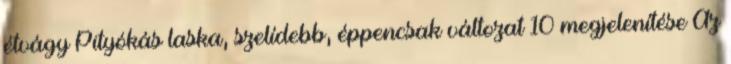
étvágy Pityókás laska, szelídebb, éppencsak változat 10 megjelenítése Az